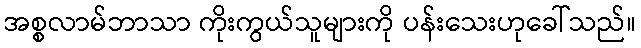
အစ္စလာမ်ဘာသာ ကိုးကွယ်သူများကို ပန်းသေးဟုခေါ်သည်။